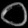
Digit: ၀